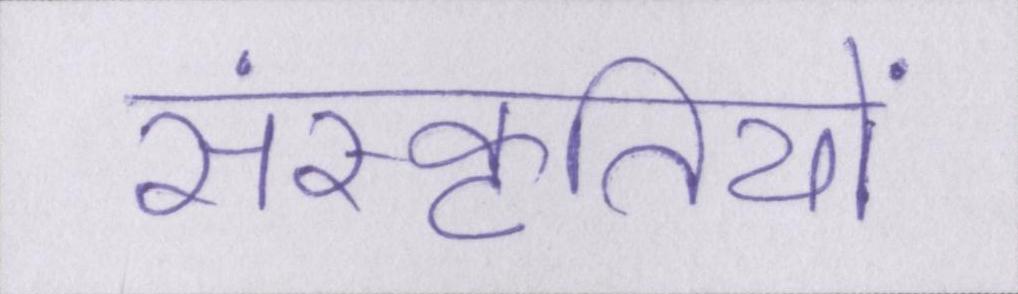
संस्कृतियों